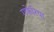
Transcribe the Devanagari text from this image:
गफेरिया